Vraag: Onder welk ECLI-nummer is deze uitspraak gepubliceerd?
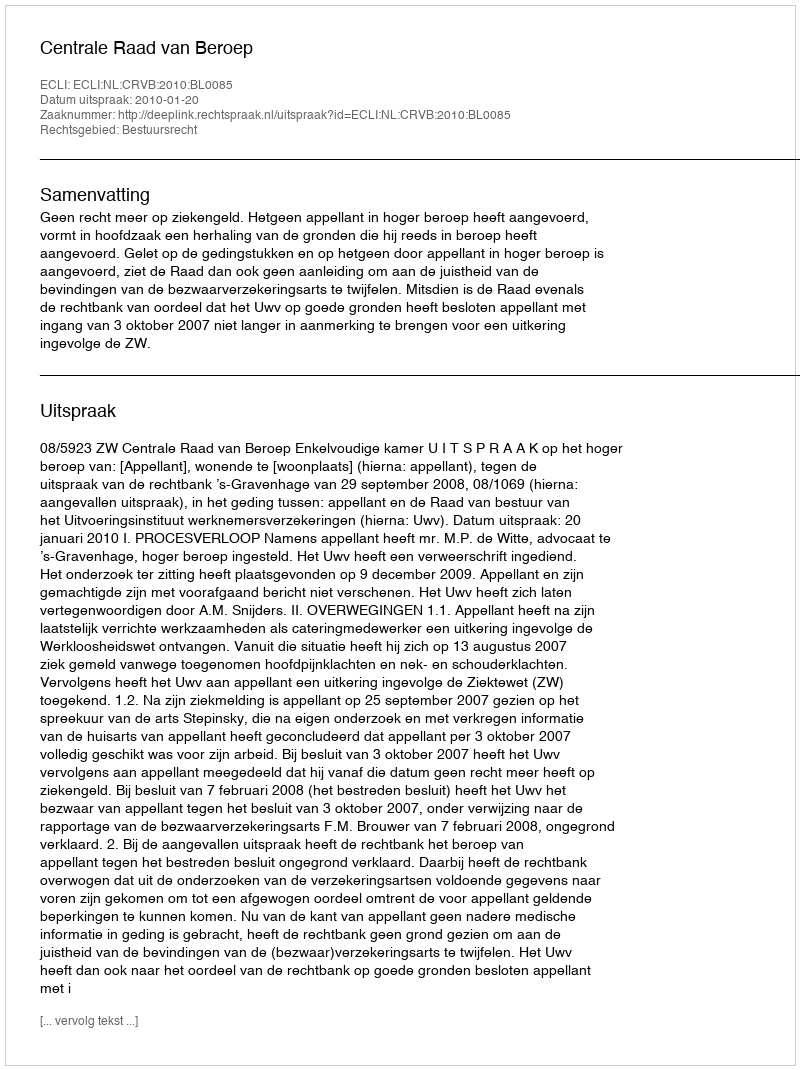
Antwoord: ECLI:NL:CRVB:2010:BL0085